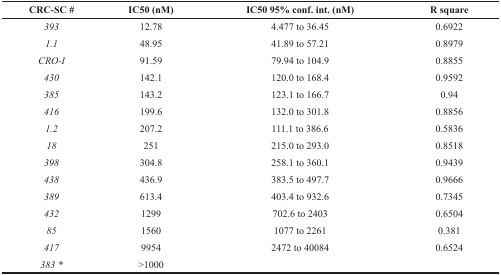
<table><thead><tr><td><b>CRC-SC #</b></td><td><b>IC50 (nM)</b></td><td><b>IC50 95% conf. int. (nM)</b></td><td><b>R square</b></td></tr></thead><tbody><tr><td><i>393</i></td><td>12.78</td><td>4.477 to 36.45</td><td>0.6922</td></tr><tr><td><i>1.1</i></td><td>48.95</td><td>41.89 to 57.21</td><td>0.8979</td></tr><tr><td><i>CRO-I</i></td><td>91.59</td><td>79.94 to 104.9</td><td>0.8855</td></tr><tr><td><i>430</i></td><td>142.1</td><td>120.0 to 168.4</td><td>0.9592</td></tr><tr><td><i>385</i></td><td>143.2</td><td>123.1 to 166.7</td><td>0.94</td></tr><tr><td><i>416</i></td><td>199.6</td><td>132.0 to 301.8</td><td>0.8856</td></tr><tr><td><i>1.2</i></td><td>207.2</td><td>111.1 to 386.6</td><td>0.5836</td></tr><tr><td><i>18</i></td><td>251</td><td>215.0 to 293.0</td><td>0.8518</td></tr><tr><td><i>398</i></td><td>304.8</td><td>258.1 to 360.1</td><td>0.9439</td></tr><tr><td><i>438</i></td><td>436.9</td><td>383.5 to 497.7</td><td>0.9666</td></tr><tr><td><i>389</i></td><td>613.4</td><td>403.4 to 932.6</td><td>0.7345</td></tr><tr><td><i>432</i></td><td>1299</td><td>702.6 to 2403</td><td>0.6504</td></tr><tr><td><i>85</i></td><td>1560</td><td>1077 to 2261</td><td>0.381</td></tr><tr><td><i>417</i></td><td>9954</td><td>2472 to 40084</td><td>0.6524</td></tr><tr><td><i>383</i><sup>*</sup></td><td>&gt;1000</td><td></td><td></td></tr></tbody></table>